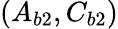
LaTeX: (A_{b2},C_{b2})